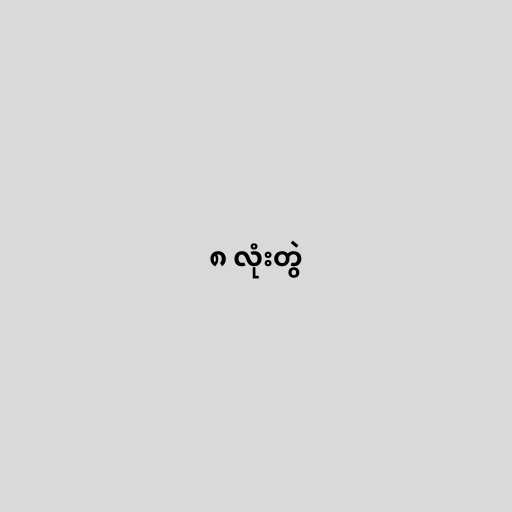
၈ လုံးတွဲ